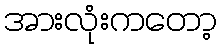
အားလုံးကတော့